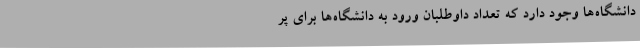
دانشگاه‌ها وجود دارد که تعداد داوطلبان ورود به دانشگاه‌ها برای پر